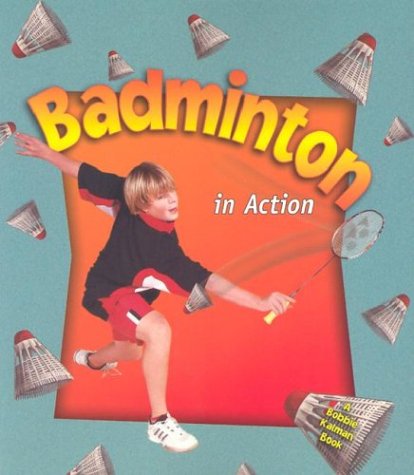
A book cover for Badminton in Action (Sports in Action); Niki Walker; Sports & Outdoors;